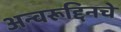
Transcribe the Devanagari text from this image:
अन्वरूद्दिनचे